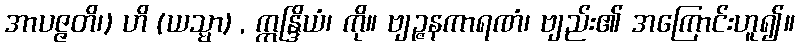
အာပဇ္ဇတိ၊) ဟိ (ယသ္မာ) , ဣန္ဒြိယံ၊ ကို။ ဗျဉ္ဇနကာရဏံ၊ ဗျည်း၏ အကြောင်းဟူ၍။